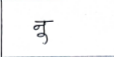
मजकूर: नु